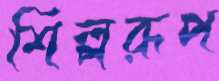
শিল্পরূপ